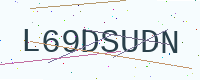
Text: L69DSUDN